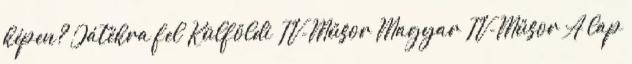
képen? Játékra fel Külföldi TV-Műsor Magyar TV-Műsor A lap